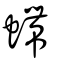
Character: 螮